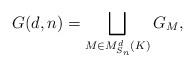
LaTeX: \begin{align*} G(d,n)=\bigsqcup_{M\in M^d_{S_n}(K)}G_M, \end{align*}